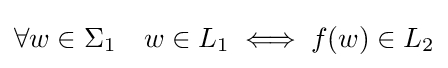
\forall w\in \Sigma _{1}\quad w\in L_{1}\iff f(w)\in L_{2}